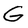
Character: G